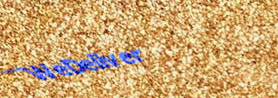
WeDeliver